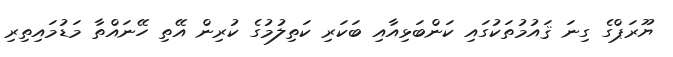
ޔޫރަޕްގެ ގިނަ ޤައުމުތަކުގައި ކަންބަޅިއާއި ބަކަރި ކަތިލުމުގެ ކުރިން އޭތި ހޭނައްތާ މަޑުމައިތިރި